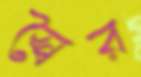
স্বৈর